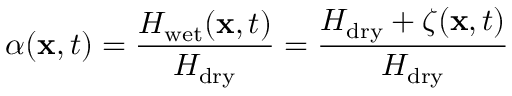
\alpha ( \mathbf x , t ) = \frac { H _ { \mathrm { w e t } } ( \mathbf x , t ) } { H _ { \mathrm { d r y } } } = \frac { H _ { \mathrm { d r y } } + \zeta ( \mathbf x , t ) } { H _ { \mathrm { d r y } } }